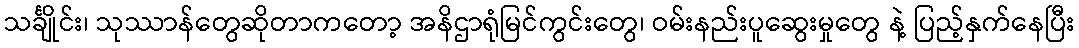
သင်္ချိုင်း၊ သုဿာန်တွေဆိုတာကတော့ အနိဌာရုံမြင်ကွင်းတွေ၊ ဝမ်းနည်းပူဆွေးမှုတွေ နဲ့ ပြည့်နှက်နေပြီး